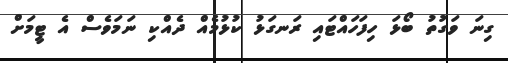
ގިނަ ވަގުތު ބޯޅަ ހިފަހައްޓައި ރަނގަޅު ކުޅުމެއް ދެއްކި ނަމަވެސް އެ ޓީމަށް